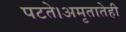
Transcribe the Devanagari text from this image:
पटते।अमृतातेही